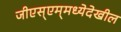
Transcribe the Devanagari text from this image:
जीएस्‌एम्‌मध्येदेखील